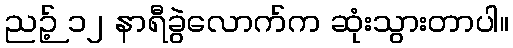
ညဉ့် ၁၂ နာရီခွဲလောက်က ဆုံးသွားတာပါ။